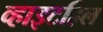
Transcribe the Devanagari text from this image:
व्हाइटहिल